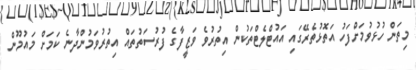
މިތަން ހުޅުވުމަށްފަހު އަތޮޅުތެރޭގައި އައުޓްލެޓްތަކުން އިތުރުވެ ވަޒީފާގެ ފުރުސަތުތައް އިތުރުވަމުންދާނެ ކަމަށް މައުމޫން